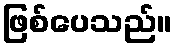
ဖြစ်ပေသည်။